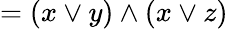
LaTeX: =(x\vee y)\wedge(x\vee z)